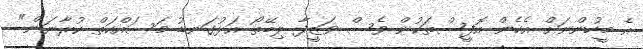
އެ މީހުންނަށް އެހެން އޮފީސްތަކުން ވެސް ވަޒީފާ ލިބޭތޯ އަޅުގަނޑު މަސައްކަތް ކުރާނަން"